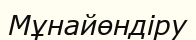
Мұнайөндіру